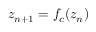
z _ { n + 1 } = f _ { c } ( z _ { n } )